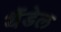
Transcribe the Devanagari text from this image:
यैंडेल